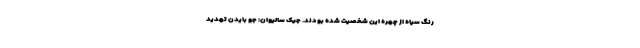
رنگ سیاه از چهره این شخصیت شده بودند. جیک سالیوان: جو بایدن تهدید